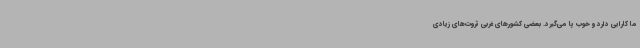
ما کارایی دارد و خوب پا می‌گیرد. بعضی کشورهای غربی ثروت‌های زیادی